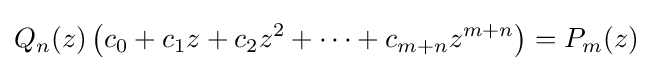
Q_{n}(z)\left(c_{0}+c_{1}z+c_{2}z^{2}+\cdots +c_{m+n}z^{m+n}\right)=P_{m}(z)